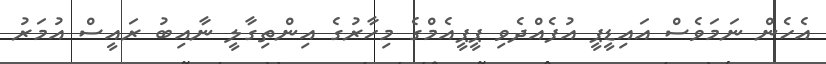
އެހެން ނަމަވެސް އައިޑީޕީ އުފެއްދެވި ޕީޕީއެމްގެ މިހާރުގެ އިންތިގާލީ ނާއިބު ރައީސް އުމަރު